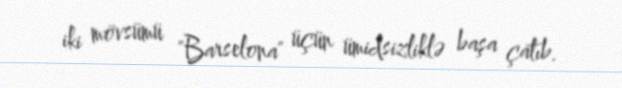
iki mövsümü "Barselona" üçün ümidsizliklə başa çatıb.